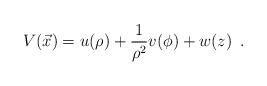
LaTeX: \begin{align*}V(\vec x)=u(\rho)+{1\over\rho^2}v(\phi)+w(z)\enspace.\end{align*}